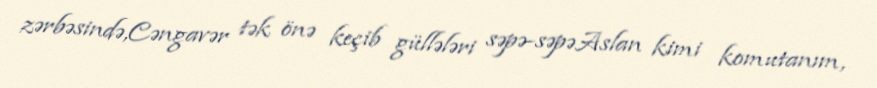
zərbəsində,Cəngavər tək önə keçib güllələri səpə-səpəAslan kimi komutanım,